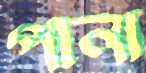
পানা